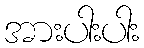
အားပါးပါး